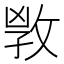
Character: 𢽌